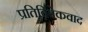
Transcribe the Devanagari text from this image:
प्रतिविवेकवाद